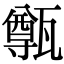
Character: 𤮐